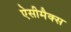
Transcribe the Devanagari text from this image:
ऐसीमैक्स